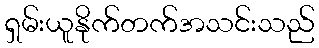
ရှမ်းယူနိုက်တက်အသင်းသည်